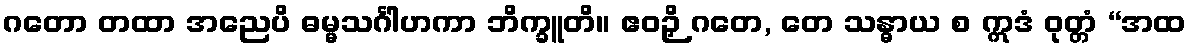
ဂတော တထာ အညေပိ ဓမ္မသင်္ဂါဟကာ ဘိက္ခူတိ။ ဧဝဉှိ ဂတေ, တေ သန္ဓာယ စ ဣဒံ ဝုတ္တံ “အထ